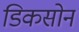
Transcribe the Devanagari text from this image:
डिकसोन